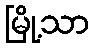
မြို့သာ